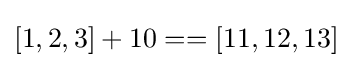
[1,2,3]+10==[11,12,13]